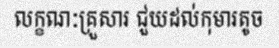
លក្ខណៈគ្រួសារ ជួយដល់កុមារតូច